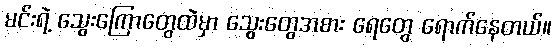
မင်းရဲ့ သွေးကြောတွေထဲမှာ သွေးတွေအစား ရေတွေ ရောက်နေတယ်။